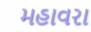
મહાવરા